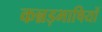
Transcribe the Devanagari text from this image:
कन्नड़भाषियों